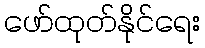
ဖော်ထုတ်နိုင်ရေး